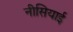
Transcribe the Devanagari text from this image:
नीसियाई